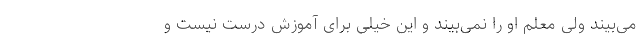
می‌بیند ولی معلم او را نمی‌بیند و این خیلی برای آموزش درست نیست و